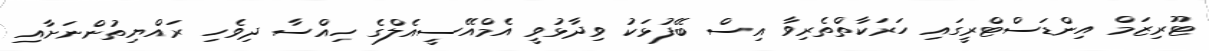
ޓޫރިޒަމް އިންޑަސްޓްރީގައި ހަރަކާތްތެރިވާ އިސް ބޭފުޅަކު ވިދާޅުވީ އެމްއޭސީއެލްގެ ހިއްސާ ދިވެހި ރައްޔިތުންނަށާއި